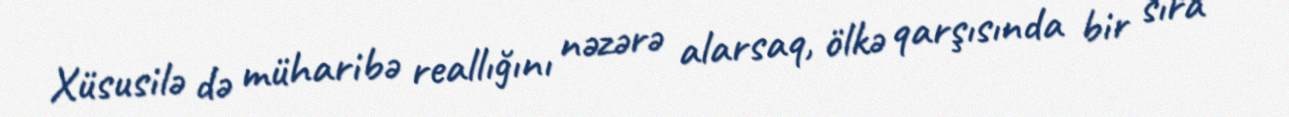
Xüsusilə də müharibə reallığını nəzərə alarsaq, ölkə qarşısında bir sıra